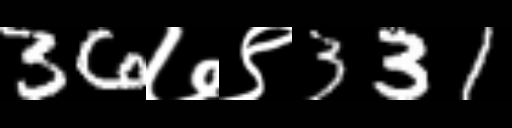
Text: 36७९331